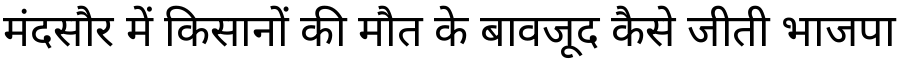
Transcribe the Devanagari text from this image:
मंदसौर में किसानों की मौत के बावजूद कैसे जीती भाजपा